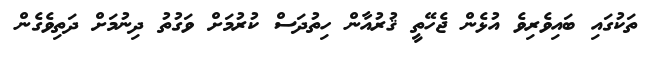
ތަކުގައި ބައިވެރިވެ އުޅެން ޖެހޭތީ ޤުރުއާން ހިތުދަސް ކުރުމަށް ވަގުތު ދިނުމަށް ދަތިވެގެން